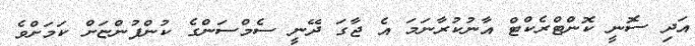
އަދި ސޮނީ ކޮންޓްރެކްޓް އާނުކުރާނަމަ އެ ޖާގަ ދޭނީ ސެމްސަންގެ ކުންފުންޏަށް ކަމަށްވެ